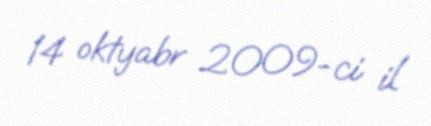
14 oktyabr 2009-ci il